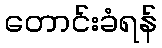
တောင်းခံရန်